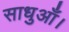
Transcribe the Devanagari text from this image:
साधुआँ।